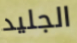
الجليد